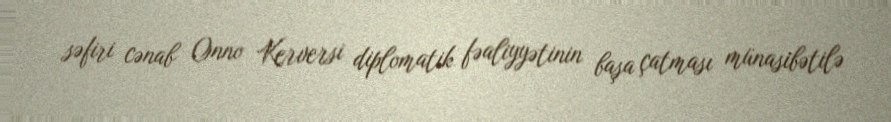
səfiri cənab Onno Kerversi diplomatik fəaliyyətinin başa çatması münasibətilə